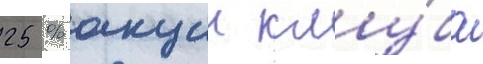
25 % акции клу́ба